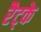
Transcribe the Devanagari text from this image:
रैट्के